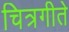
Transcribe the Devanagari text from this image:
चित्रगीते